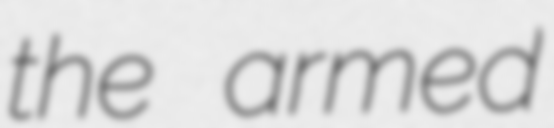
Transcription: the armed